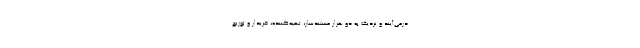
درمی‌آیند و نزدیک به دو هزار مستندساز، تهیه‌کننده، خریدار و توزیع